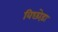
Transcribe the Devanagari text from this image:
विछोड़ा